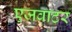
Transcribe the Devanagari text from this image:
एजवाटर